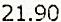
21.90